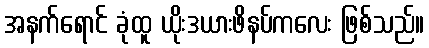
အနက်ရောင် ခုံထူ ယိုးဒယားဖိနပ်ကလေး ဖြစ်သည်။